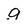
Character: g